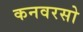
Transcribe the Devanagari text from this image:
कनवरसो